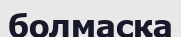
болмасқа